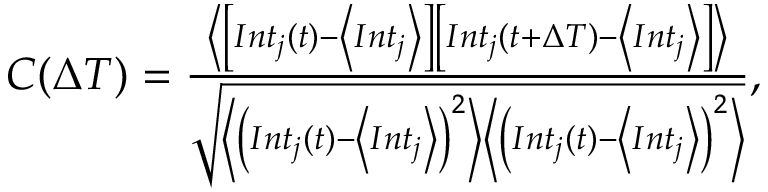
\begin{array} { r } { C ( \Delta T ) = \frac { \left\langle \left[ I n t _ { j } ( t ) - \left\langle I n t _ { j } \right\rangle \right] \left[ I n t _ { j } ( t + \Delta T ) - \left\langle I n t _ { j } \right\rangle \right] \right\rangle } { \sqrt { \left\langle \left( I n t _ { j } ( t ) - \left\langle I n t _ { j } \right\rangle \right) ^ { 2 } \right\rangle \left\langle \left( I n t _ { j } ( t ) - \left\langle I n t _ { j } \right\rangle \right) ^ { 2 } \right\rangle } } , } \end{array}